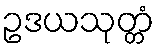
ဥဒယသုတ္တံ